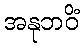
အနုဘဝိံ